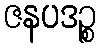
ဇနပဒဉ္စ